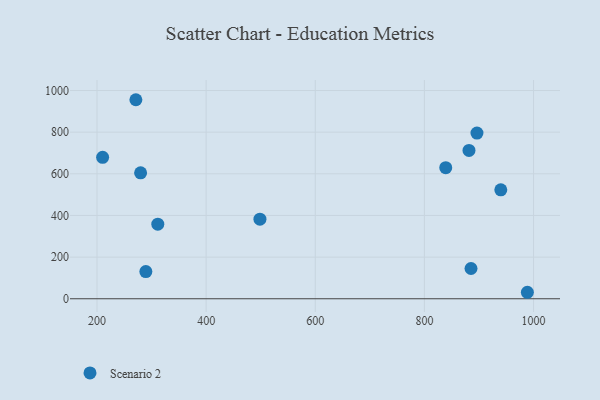
{"axis": {"x": "Investment", "y": "Fuel Efficiency"}, "legend": ["Scenario 2"], "data": [{"x": "885.4", "y": 145.3, "type": "Scenario 2"}, {"x": "896.3", "y": 795.8, "type": "Scenario 2"}, {"x": "839.1", "y": 629.3, "type": "Scenario 2"}, {"x": "311.4", "y": 358.0, "type": "Scenario 2"}, {"x": "940.0", "y": 523.2, "type": "Scenario 2"}, {"x": "988.7", "y": 31.1, "type": "Scenario 2"}, {"x": "498.6", "y": 382.0, "type": "Scenario 2"}, {"x": "289.5", "y": 130.7, "type": "Scenario 2"}, {"x": "271.2", "y": 955.8, "type": "Scenario 2"}, {"x": "210.3", "y": 679.4, "type": "Scenario 2"}, {"x": "279.9", "y": 604.7, "type": "Scenario 2"}, {"x": "881.7", "y": 712.3, "type": "Scenario 2"}]}